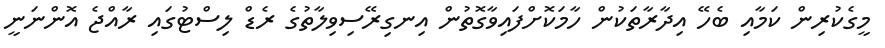
މީގެކުރިން ކަމާއި ބެހޭ އިދާރާތަކުން ހާމަކޮށްފައިވާގޮތުން އިނގިރޭސިވިލާތުގެ ރެޑް ލިސްޓުގައި ރާއްޖެ އޮންނަނީ